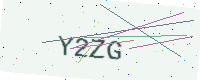
Text: Y2ZG